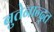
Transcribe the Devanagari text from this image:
बुतेनान्द्त